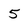
Character: 5